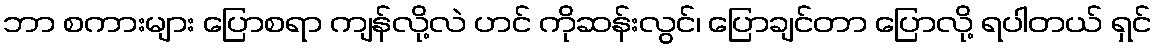
ဘာ စကားများ ပြောစရာ ကျန်လို့လဲ ဟင် ကိုဆန်းလွင်၊ ပြောချင်တာ ပြောလို့ ရပါတယ် ရှင်